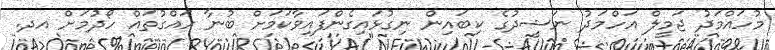
މުހައްމަދު ޖަމީލް އަހްމަދު ނަޝީދުގެ ކިބައިން ނިގުޅައިގެންފައިވާކަމަށް ބުނާ ހައްގުތައް ހޯދުމަށް އދ.